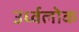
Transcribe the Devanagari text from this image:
उर्ध्वलोक